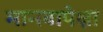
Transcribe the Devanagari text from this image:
मानवापेक्षा